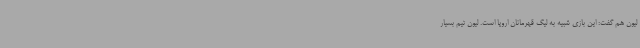
لیون هم گفت: این بازی شبیه به لیگ قهرمانان اروپا است. لیون تیم بسیار